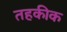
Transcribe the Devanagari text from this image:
तहकीक